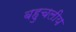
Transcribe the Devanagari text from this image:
बहुचलीय